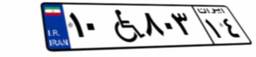
۱۰W۸۰۳۱۴